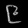
Digit: ၉